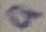
Text: 9